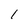
Character: 1